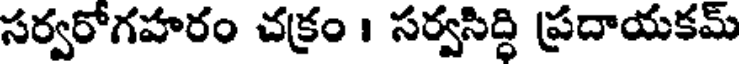
సర్వరోగహరం చక్రం । సర్వసిద్ధి ప్రదాయకమ్